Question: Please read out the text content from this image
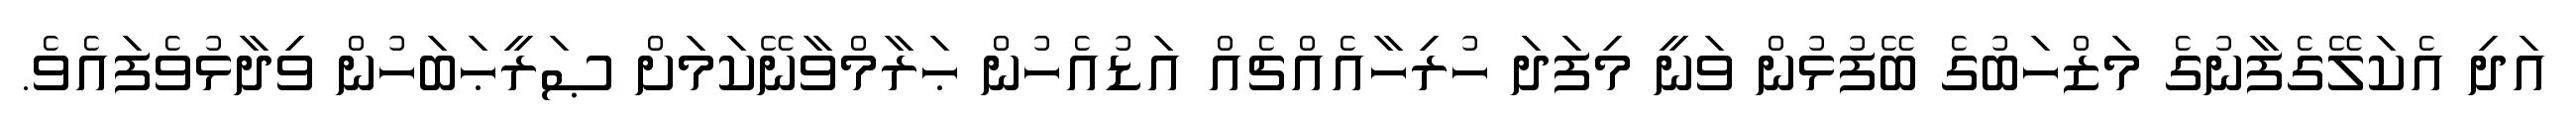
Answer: އަދި އެކަލޭގެފާނުގެ މަޒްހަބުގެ ބޭފުޅުން ވަނީ މިފަދަ ހުރިހާއެއްޗެއް އަޑުއެހުން ޙަރާމްވާނޭކަމަށް ޞަރީޙަބަހުން ވިދާޅުވެފައެވެ.